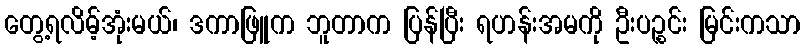
တွေ့ရလိမ့်အုံးမယ်၊ ဒကာဖြူက ဘူတာက ပြန်ပြီး ရဟန်းအမကို ဦးပဉ္စင်း မြင်းကသာ